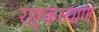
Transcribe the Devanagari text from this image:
राष्ट्रकल्याण